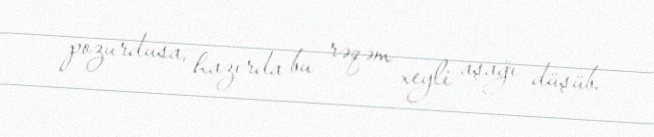
pozurdusa, hazırda bu rəqəm xeyli aşağı düşüb.